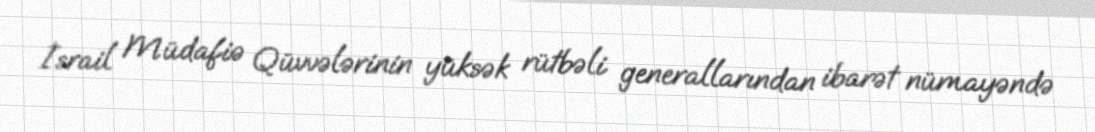
İsrail Müdafiə Qüvvələrinin yüksək rütbəli generallarından ibarət nümayəndə